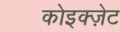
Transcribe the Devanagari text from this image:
कोइक्ज़ेट